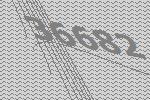
36682